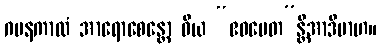
ဂမနကာလံ အာရောစေန္တော ဝိယ “ဧဝမေတ”န္တိအာဒိမာဟ။